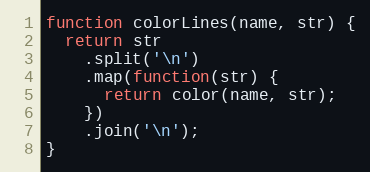
Language: JavaScript
function colorLines(name, str) {
  return str
    .split('\n')
    .map(function(str) {
      return color(name, str);
    })
    .join('\n');
}